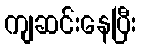
ကျဆင်းနေပြီး